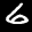
Label: 6